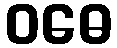
ဝဓေ